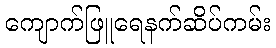
ကျောက်ဖြူရေနက်ဆိပ်ကမ်း